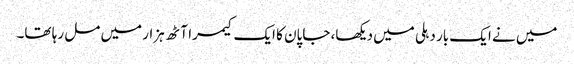
میں نے ایک بار دہلی میں دیکھا، جاپان کا ایک کیمرا آٹھ ہزار میں مل رہا تھا۔